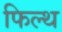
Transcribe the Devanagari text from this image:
फिल्थ